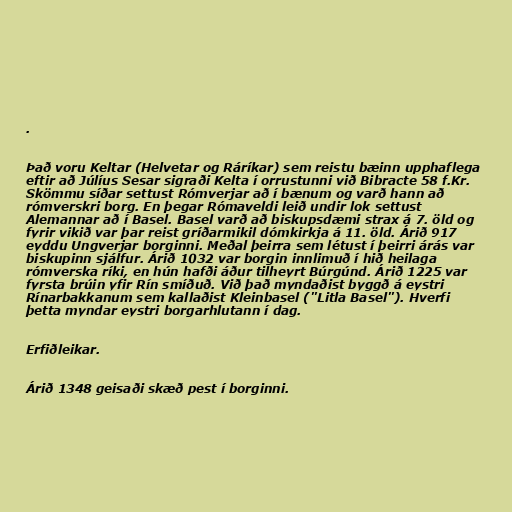
.

Það voru Keltar (Helvetar og Ráríkar) sem reistu bæinn upphaflega
eftir að Júlíus Sesar sigraði Kelta í orrustunni við Bibracte 58 f.Kr.
Skömmu síðar settust Rómverjar að í bænum og varð hann að
rómverskri borg. En þegar Rómaveldi leið undir lok settust
Alemannar að í Basel. Basel varð að biskupsdæmi strax á 7. öld og
fyrir vikið var þar reist gríðarmikil dómkirkja á 11. öld. Árið 917
eyddu Ungverjar borginni. Meðal þeirra sem létust í þeirri árás var
biskupinn sjálfur. Árið 1032 var borgin innlimuð í hið heilaga
rómverska ríki, en hún hafði áður tilheyrt Búrgúnd. Árið 1225 var
fyrsta brúin yfir Rín smíðuð. Við það myndaðist byggð á eystri
Rínarbakkanum sem kallaðist Kleinbasel ("Litla Basel"). Hverfi
þetta myndar eystri borgarhlutann í dag.

Erfiðleikar.

Árið 1348 geisaði skæð pest í borginni.